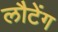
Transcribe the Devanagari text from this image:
लौटेंग